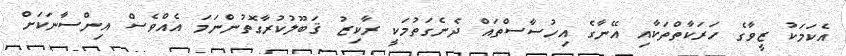
އެކަމަކު ޒީވާގެ ހަރަކާތްތަކާއި އޭނާގެ އިހުސާސްތައް ދެނެގަތުމަކީ ރާކިޒު ޤަބޫލުކުރާގޮތުންނަމަ އެއްވެސް އިންސާނަކަށް